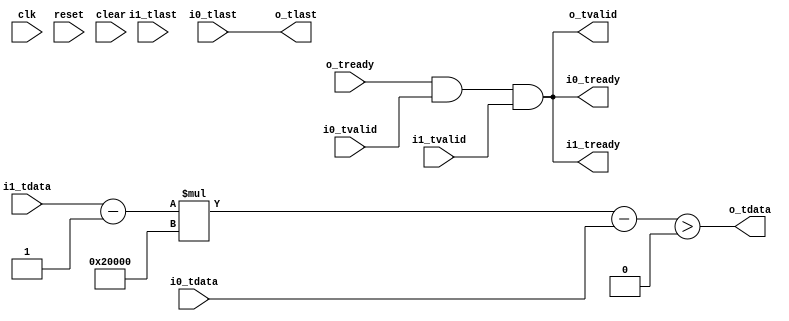
//
// Copyright 2014 Ettus Research LLC
//

module threshold_scaled
  #(parameter WIDTH=32, SCALAR=131072)
   (input clk, input reset, input clear,
    input [WIDTH-1:0] i0_tdata, input i0_tlast, input i0_tvalid, output i0_tready,
    input [WIDTH-1:0] i1_tdata, input i1_tlast, input i1_tvalid, output i1_tready,
    output o_tdata, output o_tlast, output o_tvalid, input o_tready);

   wire signed [WIDTH-1:0] scaled_input;
   wire signed [WIDTH-1:0] difference;
   wire signed 		   thresh_met;
   
   assign scaled_input = (i1_tdata-1) * SCALAR;
   assign difference = scaled_input - i0_tdata;
   assign thresh_met = difference > 0;
   
   assign o_tdata = thresh_met;
   assign o_tlast = i0_tlast;

   wire 		   do_op = o_tready & i0_tvalid & i1_tvalid;
   
   assign o_tvalid = do_op;
   
   assign i0_tready = do_op;
   assign i1_tready = do_op;

endmodule // threshold_scaled